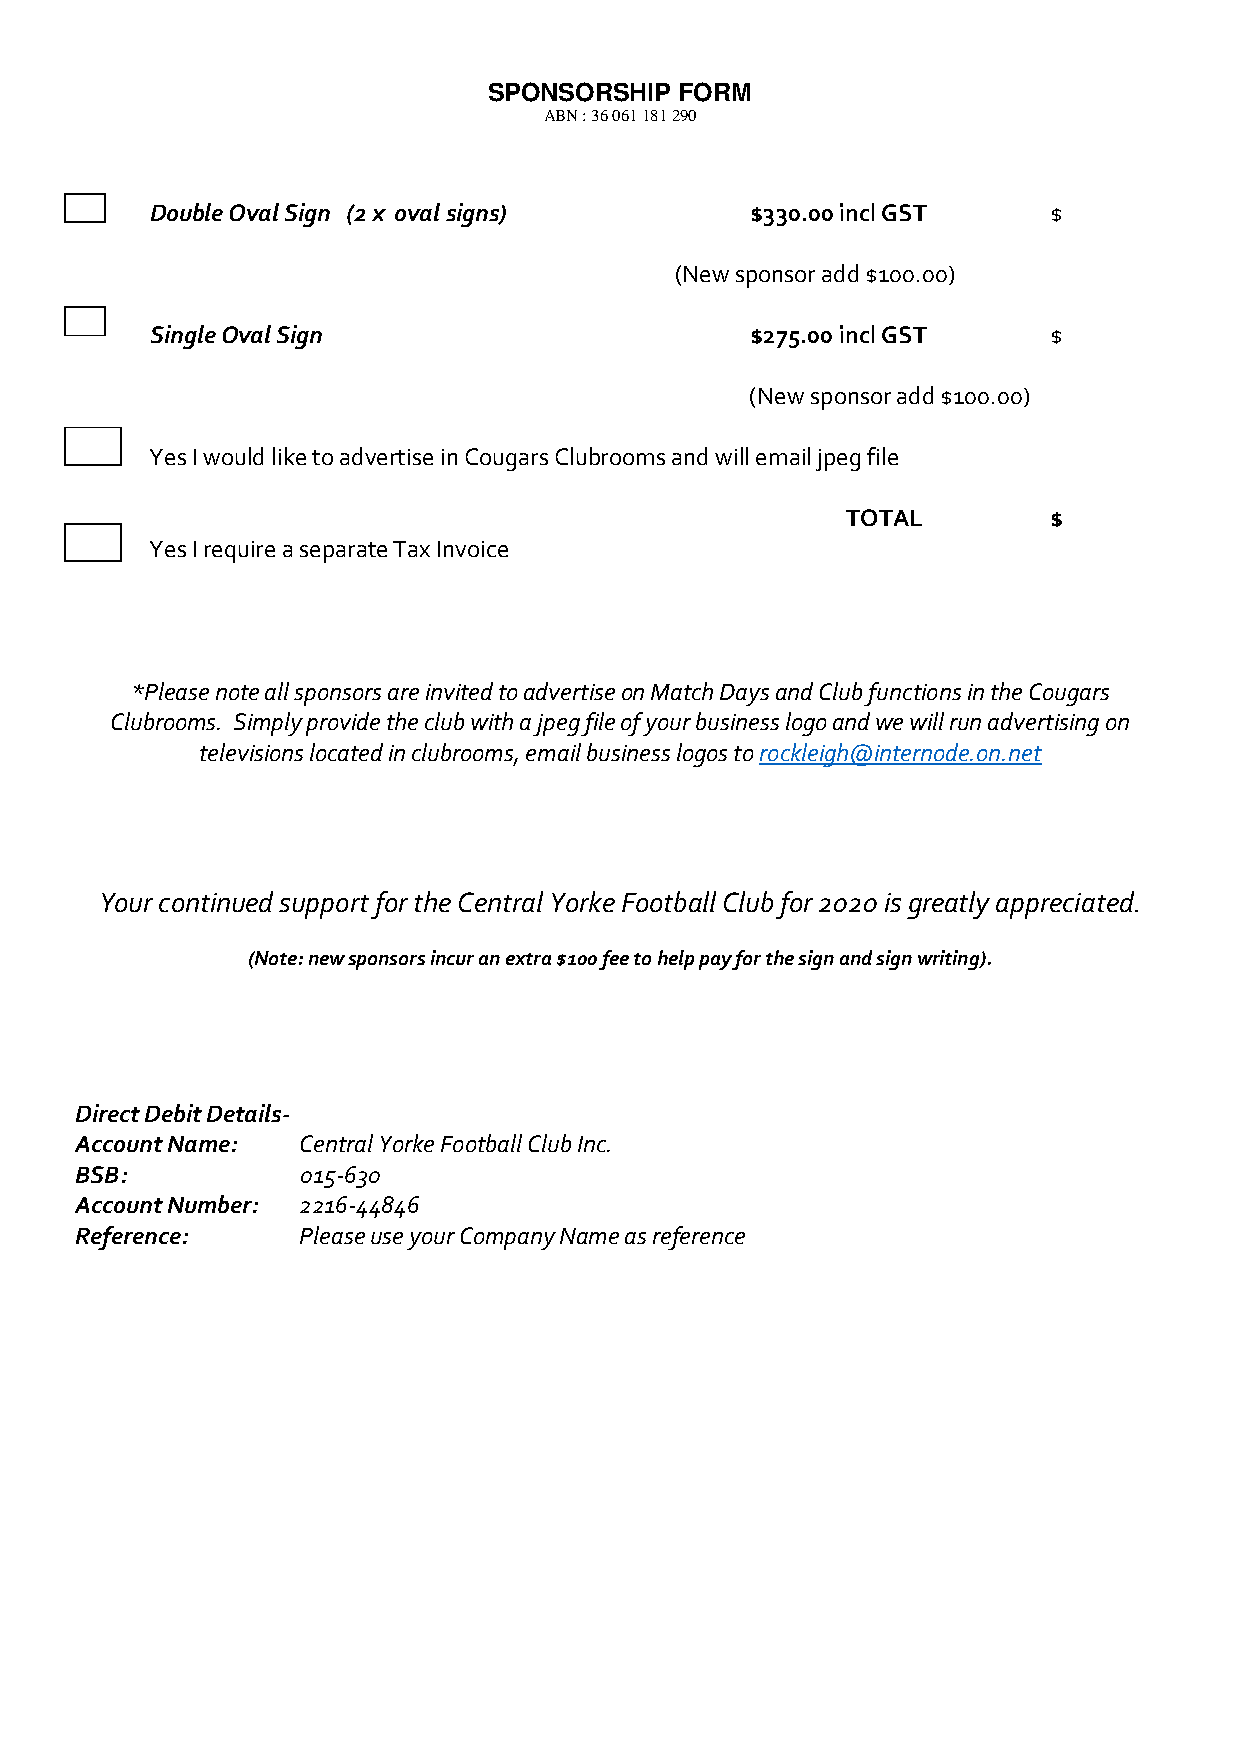
SPONSORSHIP  FORM
 ABN : 36 061 181 290
 Double Oval Sign (2 x oval signs)       $330.00 incl GST    $
 (New sponsor add $100.00)
 Single Oval Sign                        $275.00 incl GST    $
 (New sponsor add $100.00)
 Yes I would like to advertise in Cougars Clubrooms and will email jpeg file
 TOTAL         $
 Yes I require a separate Tax Invoice
 *Please note all sponsors are invited to advertise on Match Days and Club functions in the Cougars
 Clubrooms. Simply provide the club with a jpeg file of your business logo and we will run advertising on
 televisions located in clubrooms, email business logos to rockleigh@internode.on.net
 Your continued support for the Central Yorke Football Club for 2020 is greatly appreciated.
 (Note: new sponsors incur an extra $100 fee to help pay for the sign and sign writing).
 Direct Debit Details-
 Account Name:  Central Yorke Football Club Inc.
 BSB:           015-630
 Account Number: 2216-44846
 Reference:     Please use your Company Name as reference